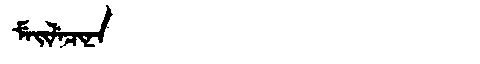
Manchu: ᠮᡝᡳᠯᡝᠴᡳᠨᠠ
Romanization: MEILECINA